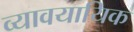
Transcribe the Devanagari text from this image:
व्यावयायिक